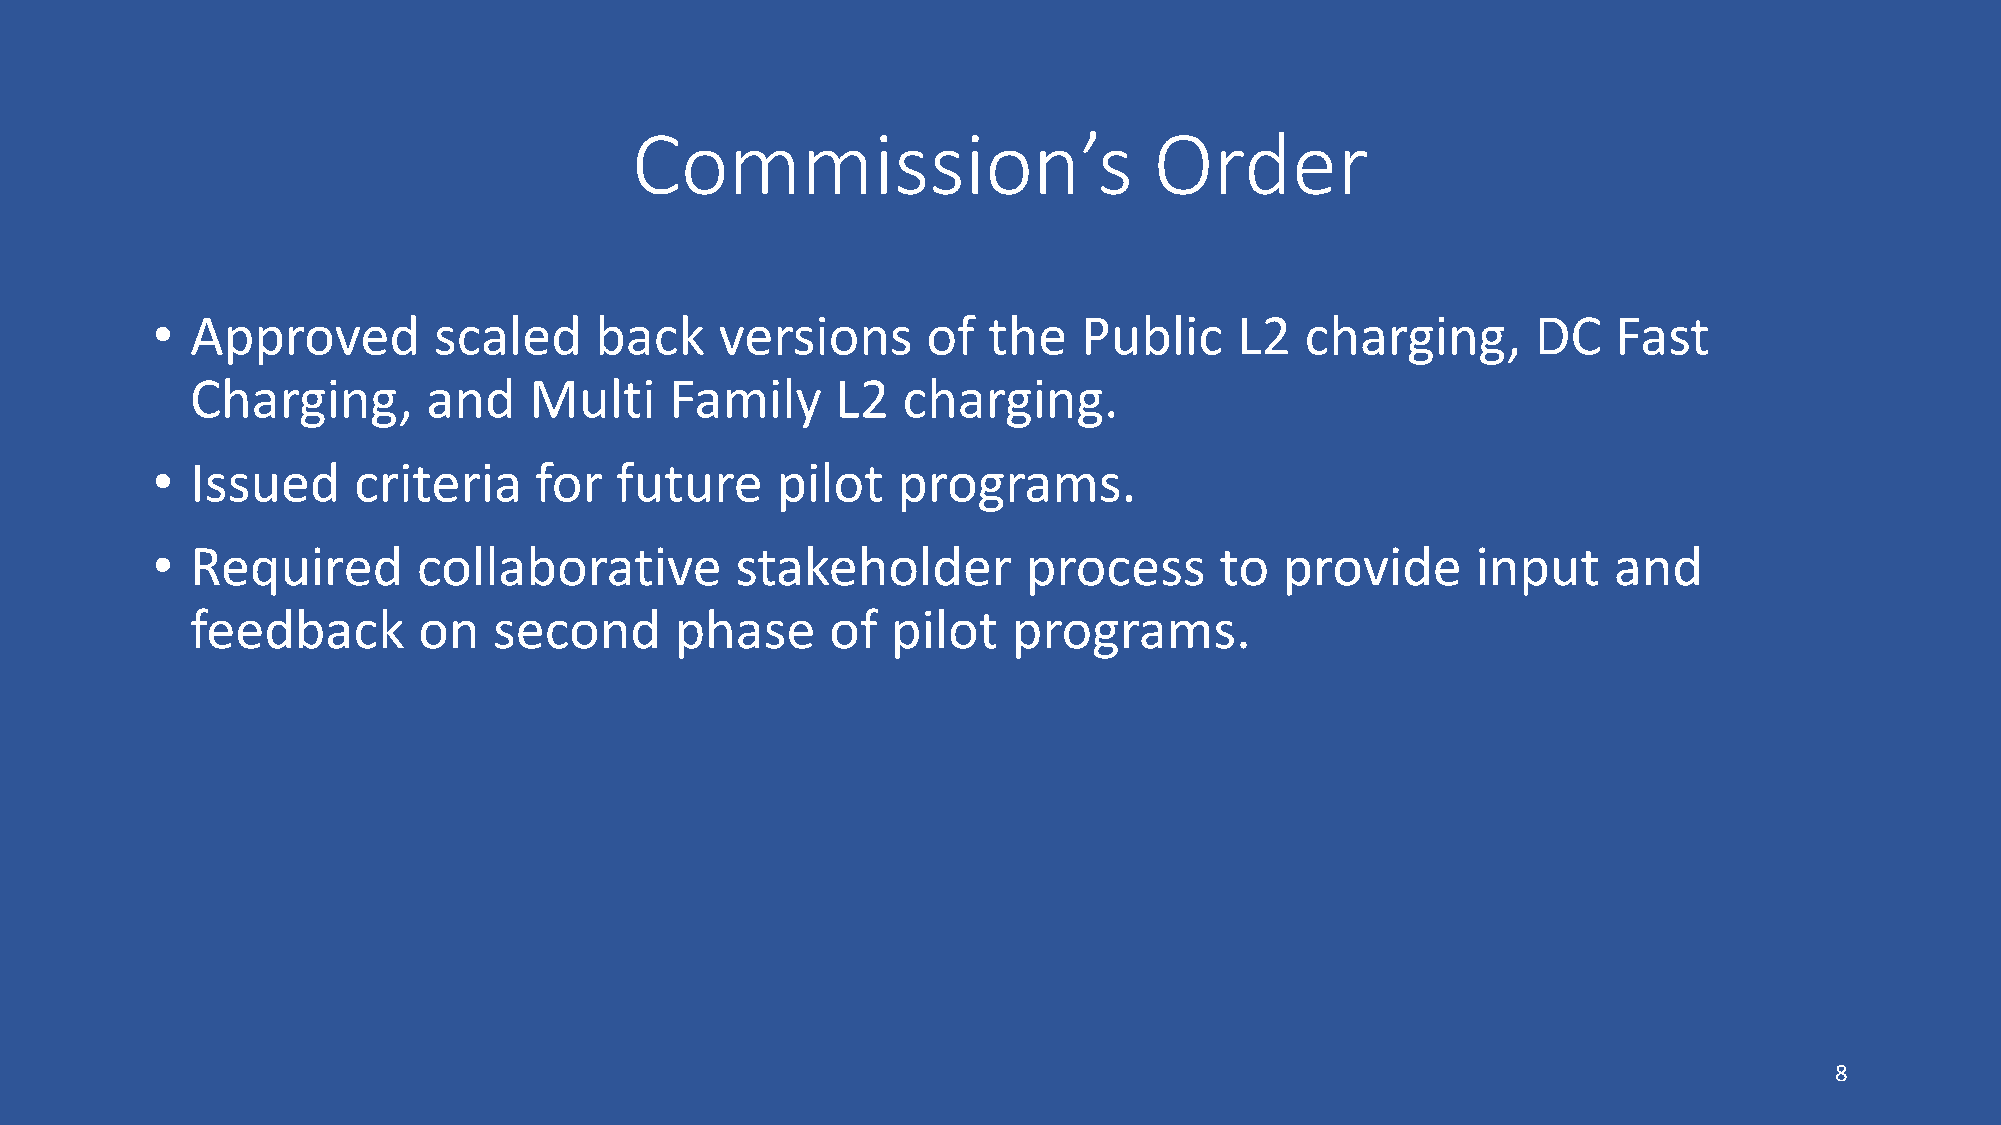
Commission’s                      Order
 •  Approved        scaled    back     versions     of  the    Public    L2  charging,       DC   Fast
 Charging,      and    Multi    Family     L2   charging.
 •  Issued    criteria    for   future    pilot   programs.
 •  Required       collaborative        stakeholder        process      to  provide      input    and
 feedback       on   second      phase     of  pilot   programs.
 8